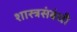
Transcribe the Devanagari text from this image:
शास्त्रसंबंधी